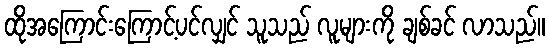
ထိုအကြောင်းကြောင့်ပင်လျှင် သူသည် လူများကို ချစ်ခင် လာသည်။